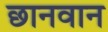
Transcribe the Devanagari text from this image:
छानवान